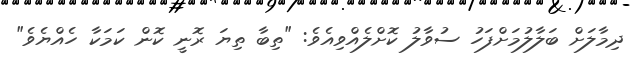
ދިމާލަށް ބަލާލުމަށްފަހު ސުވާލު ކޮށްލެއްވިއެވެ: "ތިބާ ތިޔަ ރޮނީ ކޮން ކަމަކާ ހެއްޔެވެ"